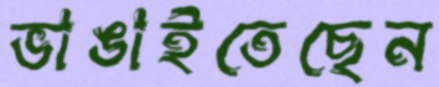
ভাঙাইতেছেন